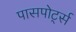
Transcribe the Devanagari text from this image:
पासपोर्ट्स